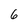
Character: 6